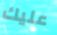
عليك